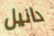
دانيل